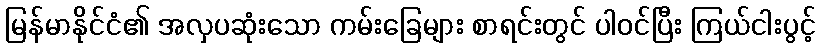
မြန်မာနိုင်ငံ၏ အလှပဆုံးသော ကမ်းခြေများ စာရင်းတွင် ပါဝင်ပြီး ကြယ်ငါးပွင့်